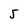
Character: 5